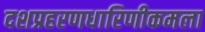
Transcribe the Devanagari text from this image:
दशप्रहरणधारिणीकमला